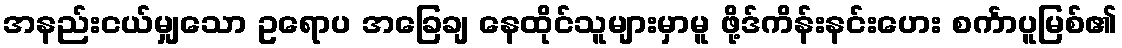
အနည်းငယ်မျှသော ဥရောပ အခြေချ နေထိုင်သူများမှာမူ ဖို့ဒ်ကိန်းနင်းဟေး စင်္ကာပူမြစ်၏